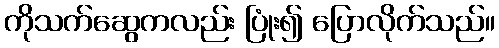
ကိုသက်ဆွေကလည်း ပြုံး၍ ပြောလိုက်သည်။